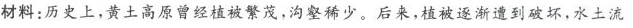
材料：历史上，黄土高原曾经植被繁茂，沟壑稀少。后来，植被逐渐遭到破坏，水土流